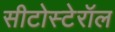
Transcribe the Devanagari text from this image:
सीटोस्टेरॉल